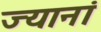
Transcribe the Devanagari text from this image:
ज्यानां